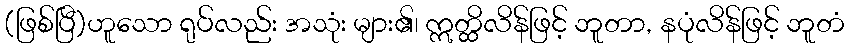
(ဖြစ်ပြီ)ဟူသော ရုပ်လည်း အသုံး များ၏၊ ဣတ္ထိလိန်ဖြင့် ဘူတာ, နပုံလိန်ဖြင့် ဘူတံ